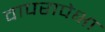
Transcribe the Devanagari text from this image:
वापरापेक्षा